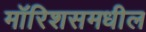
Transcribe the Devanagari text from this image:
मॉरिशसमधील